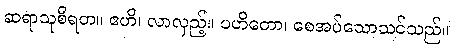
ဆရာသုစီရတ။ ဧဟိ၊ လာလှည့်။ ပဟိတော၊ စေအပ်သောသင်သည်။